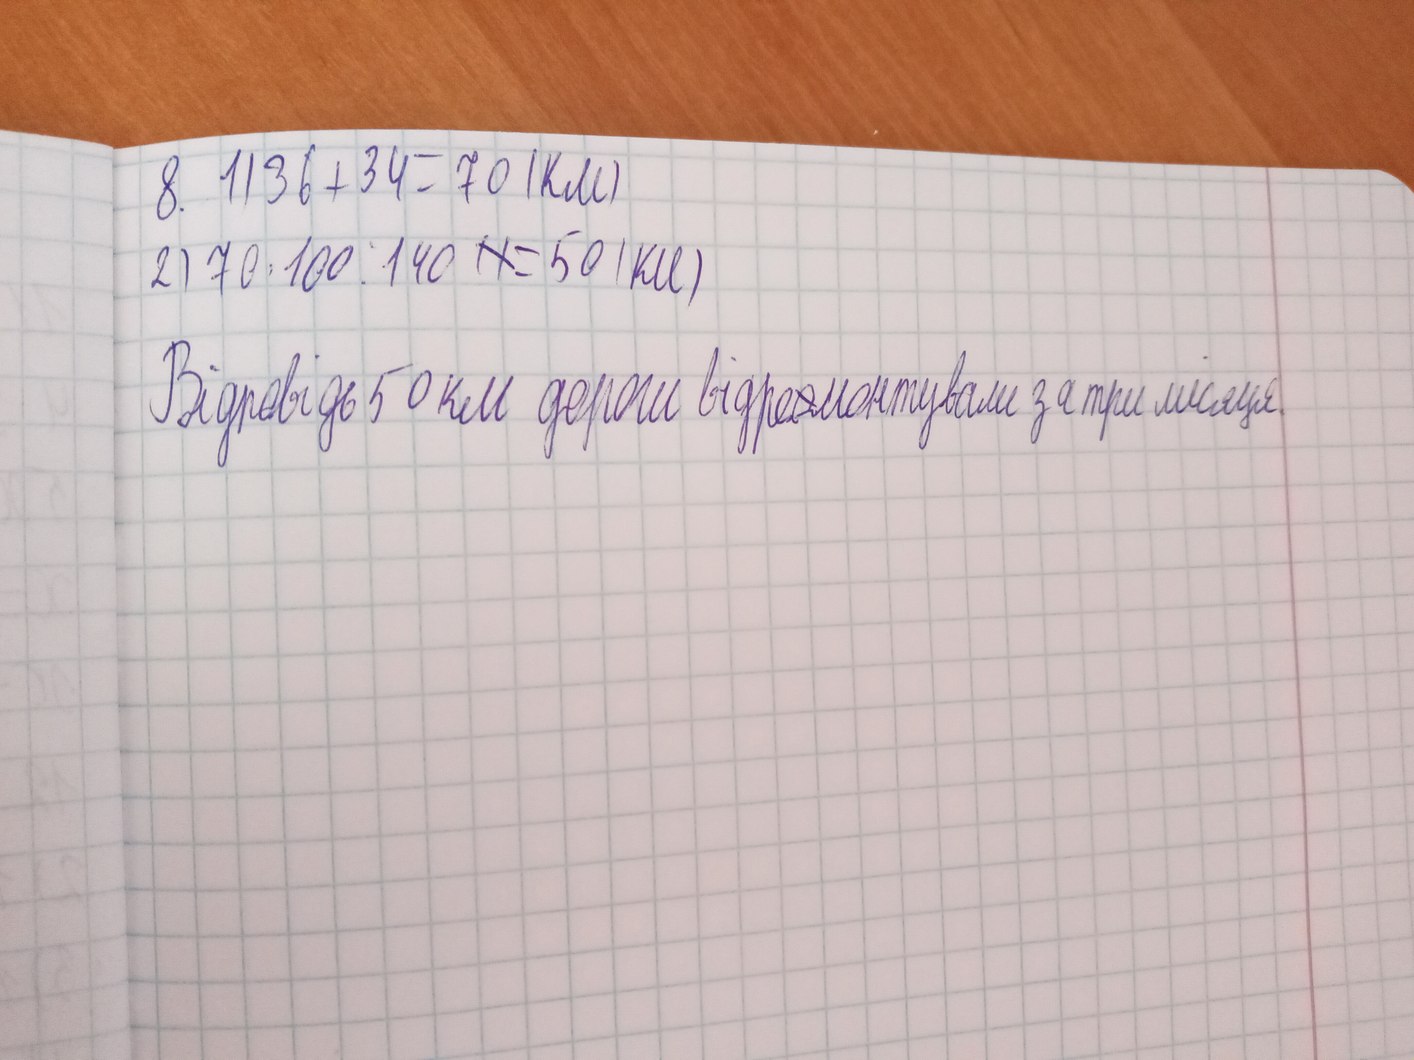
8. 1) 36 + 34 = 70 (км)
2) 70 · 100 : 140 ~~(1~~= 50 (км)
Відповідь 50 км дороги відре~~о~~монтували за три місяця.